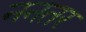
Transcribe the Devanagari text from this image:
ननतर